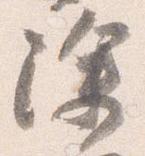
除